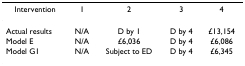
<table><thead><tr><td><b>Intervention</b></td><td><b>1</b></td><td><b>2</b></td><td><b>3</b></td><td><b>4</b></td></tr></thead><tbody><tr><td>Actual results</td><td>N/A</td><td>D by 1</td><td>D by 4</td><td>£13,154</td></tr><tr><td>Model E</td><td>N/A</td><td>£6,036</td><td>D by 4</td><td>£6,086</td></tr><tr><td>Model G1</td><td>N/A</td><td>Subject to ED</td><td>D by 4</td><td>£6,345</td></tr></tbody></table>